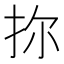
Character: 𪭧